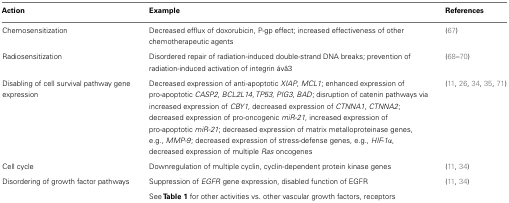
| Action | Example | References |
 | --- | --- | --- |
 | Chemosensitization | Decreased efflux of doxorubicin, P-gp effect; increased effectiveness of other chemotherapeutic agents | (67) |
 | Radiosensitization | Disordered repair of radiation-induced double-strand DNA breaks; prevention of radiation-induced activation of integrin ávâ3 | (68–70) |
 | Disabling of cell survival pathway gene expression | Decreased expression of anti-apoptotic XIAP, MCL1; enhanced expression of pro-apoptotic CASP2, BCL2L14, TP53, PIG3, BAD; disruption of catenin pathways via increased expression of CBY1, decreased expression of CTNNA1, CTNNA2; decreased expression of pro-oncogenic miR-21, increased expression of pro-apoptotic miR-21; decreased expression of matrix metalloproteinase genes, e.g., MMP-9; decreased expression of stress-defense genes, e.g., HIF-1α, decreased expression of multiple Ras oncogenes | (11, 26, 34, 35, 71) |
 | Cell cycle | Downregulation of multiple cyclin, cyclin-dependent protein kinase genes | (11, 34) |
 | Disordering of growth factor pathways | Suppression of EGFR gene expression, disabled function of EGFR | (11, 34) |
 |  | See Table 1 for other activities vs. other vascular growth factors, receptors |  |